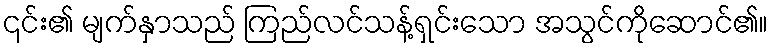
၎င်း၏ မျက်နှာသည် ကြည်လင်သန့်ရှင်းသော အသွင်ကိုဆောင်၏။